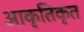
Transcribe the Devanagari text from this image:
आकृतिकृत